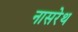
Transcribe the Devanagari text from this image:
नासरेथ